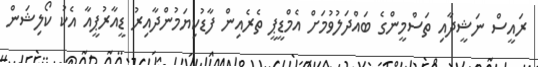
ރައީސް ނަޝީދާއި ތަސްމީންގެ ބައްދަލުވުމަށް އެމްޑީޕީ ތެރެއިން ފާޑުކިޔަމުންދާއިރު ޑީއާރުޕީއާ އެކު ކޯލިޝަން